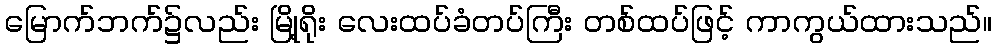
မြောက်ဘက်၌လည်း မြို့ရိုး လေးထပ်ခံတပ်ကြီး တစ်ထပ်ဖြင့် ကာကွယ်ထားသည်။